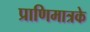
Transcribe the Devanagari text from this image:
प्राणिमात्रके